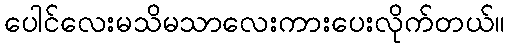
ပေါင်လေးမသိမသာလေးကားပေးလိုက်တယ်။